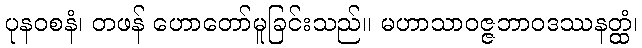
ပုနဝစနံ၊ တဖန် ဟောတော်မူခြင်းသည်။ မဟာသာဝဇ္ဇဘာဝဒဿနတ္ထံ၊